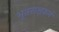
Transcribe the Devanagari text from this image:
भूतराक्षकर्म